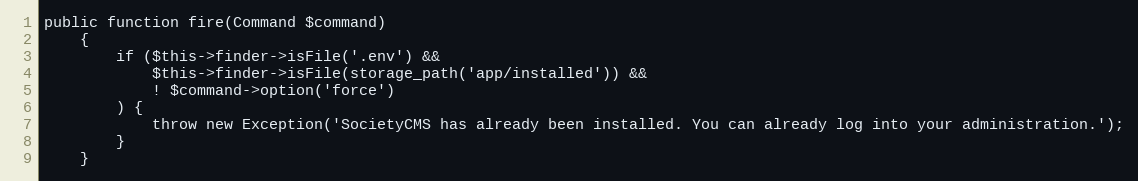
Language: PHP
public function fire(Command $command)
    {
        if ($this->finder->isFile('.env') &&
            $this->finder->isFile(storage_path('app/installed')) &&
            ! $command->option('force')
        ) {
            throw new Exception('SocietyCMS has already been installed. You can already log into your administration.');
        }
    }